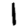
Digit: 1